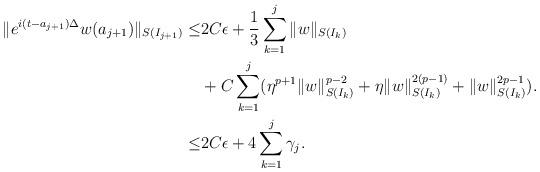
LaTeX: \begin{align*} \|e^{i(t-a_{j+1})\Delta}w(a_{j+1})\|_{S(I_{j+1})}\leq &2C\epsilon+\frac13\sum_{k=1}^{j}\|w\|_{S(I_k)}\\ &+ C\sum_{k=1}^{j}(\eta^{p+1}\|w\|_{S(I_k)}^{p-2}+\eta\|w\|_{S(I_k)}^{2(p-1)}+\|w\|_{S(I_k)}^{2p-1}).\\ \leq&2C\epsilon+4\sum_{k=1}^{j}\gamma_j. \end{align*}